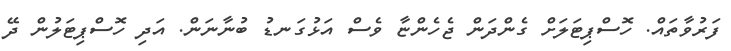
ފަރުވާތައް. ހޮސްޕިޓަލަށް ގެންދަން ޖެހެންޏާ ވެސް އަޅުގަނޑު ބުނާނަން. އަދި ހޮސްޕިޓަލުން ދޭ